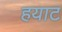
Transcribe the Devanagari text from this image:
हयाट